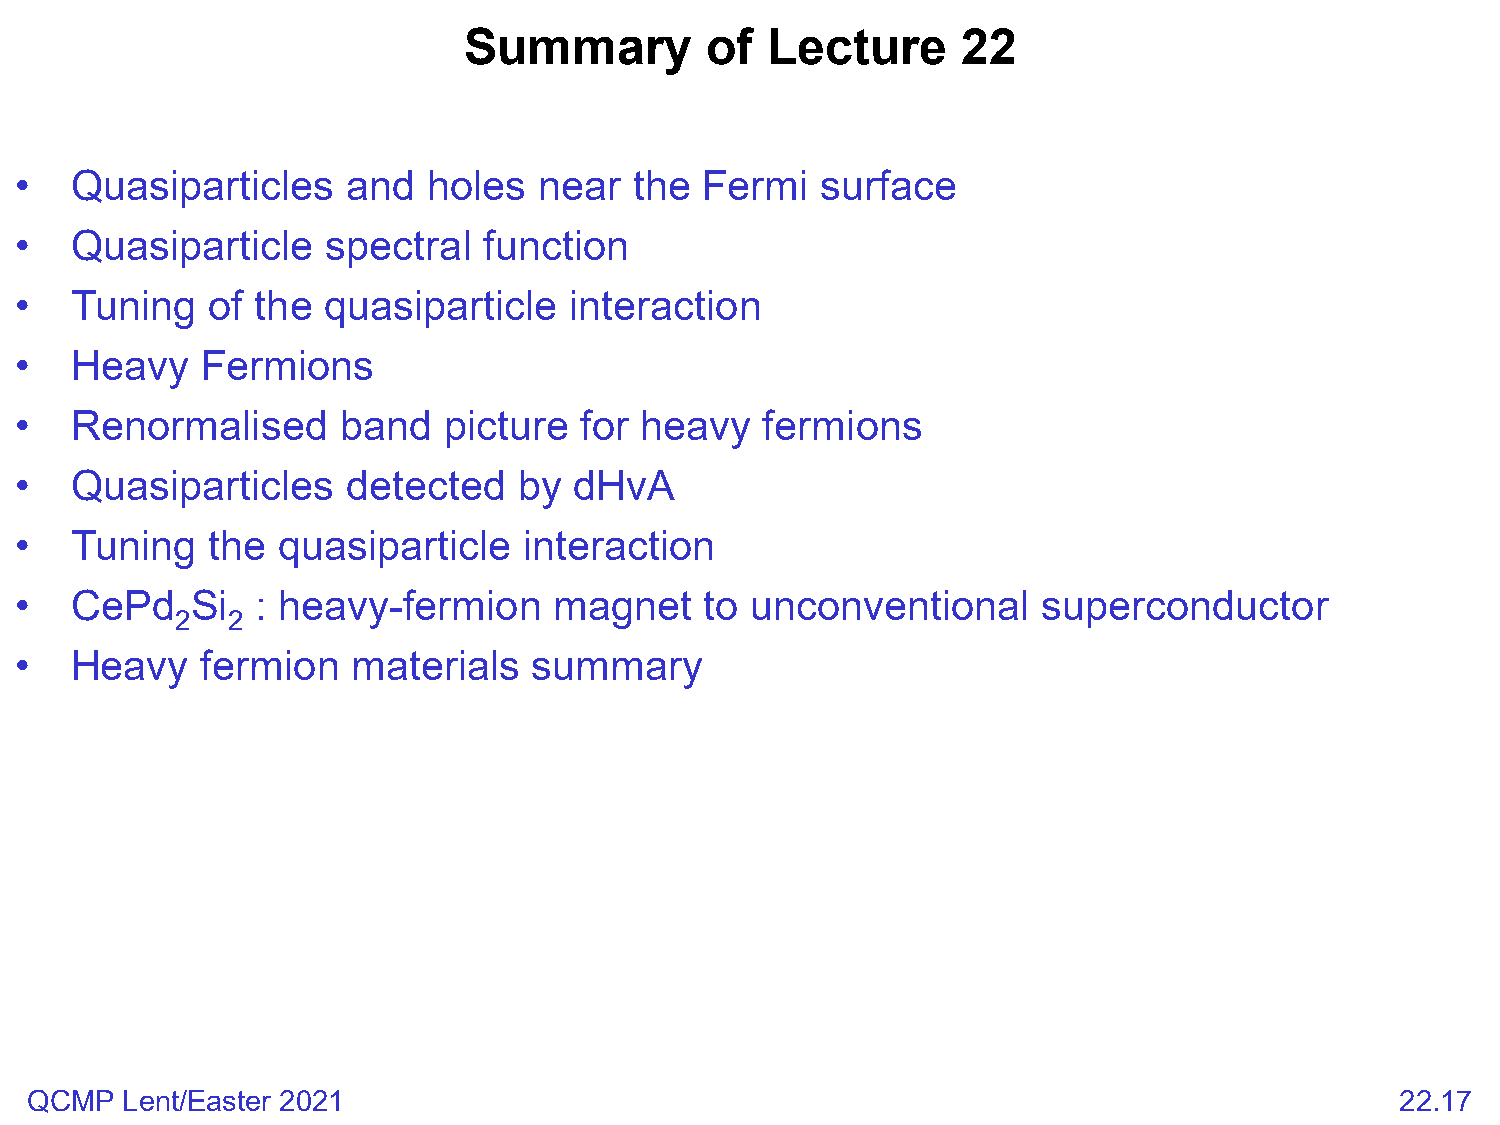
Summary         of  Lecture      22
 •   Quasiparticles    and  holes   near  the  Fermi  surface
 •   Quasiparticle    spectral  function
 •   Tuning   of the quasiparticle    interaction
 •   Heavy   Fermions
 •   Renormalised      band  picture  for heavy    fermions
 •   Quasiparticles    detected   by  dHvA
 •   Tuning   the quasiparticle    interaction
 •   CePd    Si  : heavy-fermion     magnet    to unconventional     superconductor
 2  2
 •   Heavy   fermion   materials   summary
 QCMP  Lent/Easter 2021                                                                     22.17